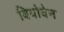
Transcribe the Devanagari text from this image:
बिथोवेन